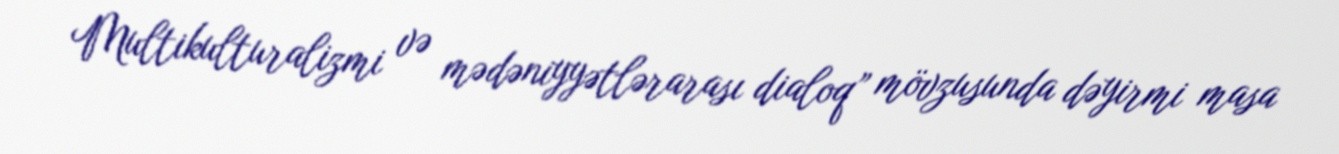
Multikulturalizmi və mədəniyyətlərarası dialoq” mövzusunda dəyirmi masa